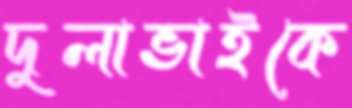
দুলাভাইকে